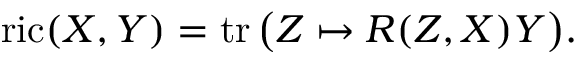
\operatorname { r i c } ( X , Y ) = \operatorname { t r } { \big ( } Z \mapsto R ( Z , X ) Y { \big ) } .